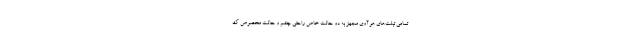
تمامی تبلت‌های هوآوی مجهز به دو حالت خاص راحتی چشم و حالت مخصوص ک